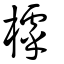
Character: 㯉